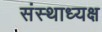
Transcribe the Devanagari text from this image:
संस्थाध्यक्ष